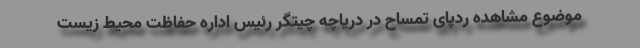
موضوع مشاهده ردپای تمساح در دریاچه چیتگر رئیس اداره حفاظت محیط زیست